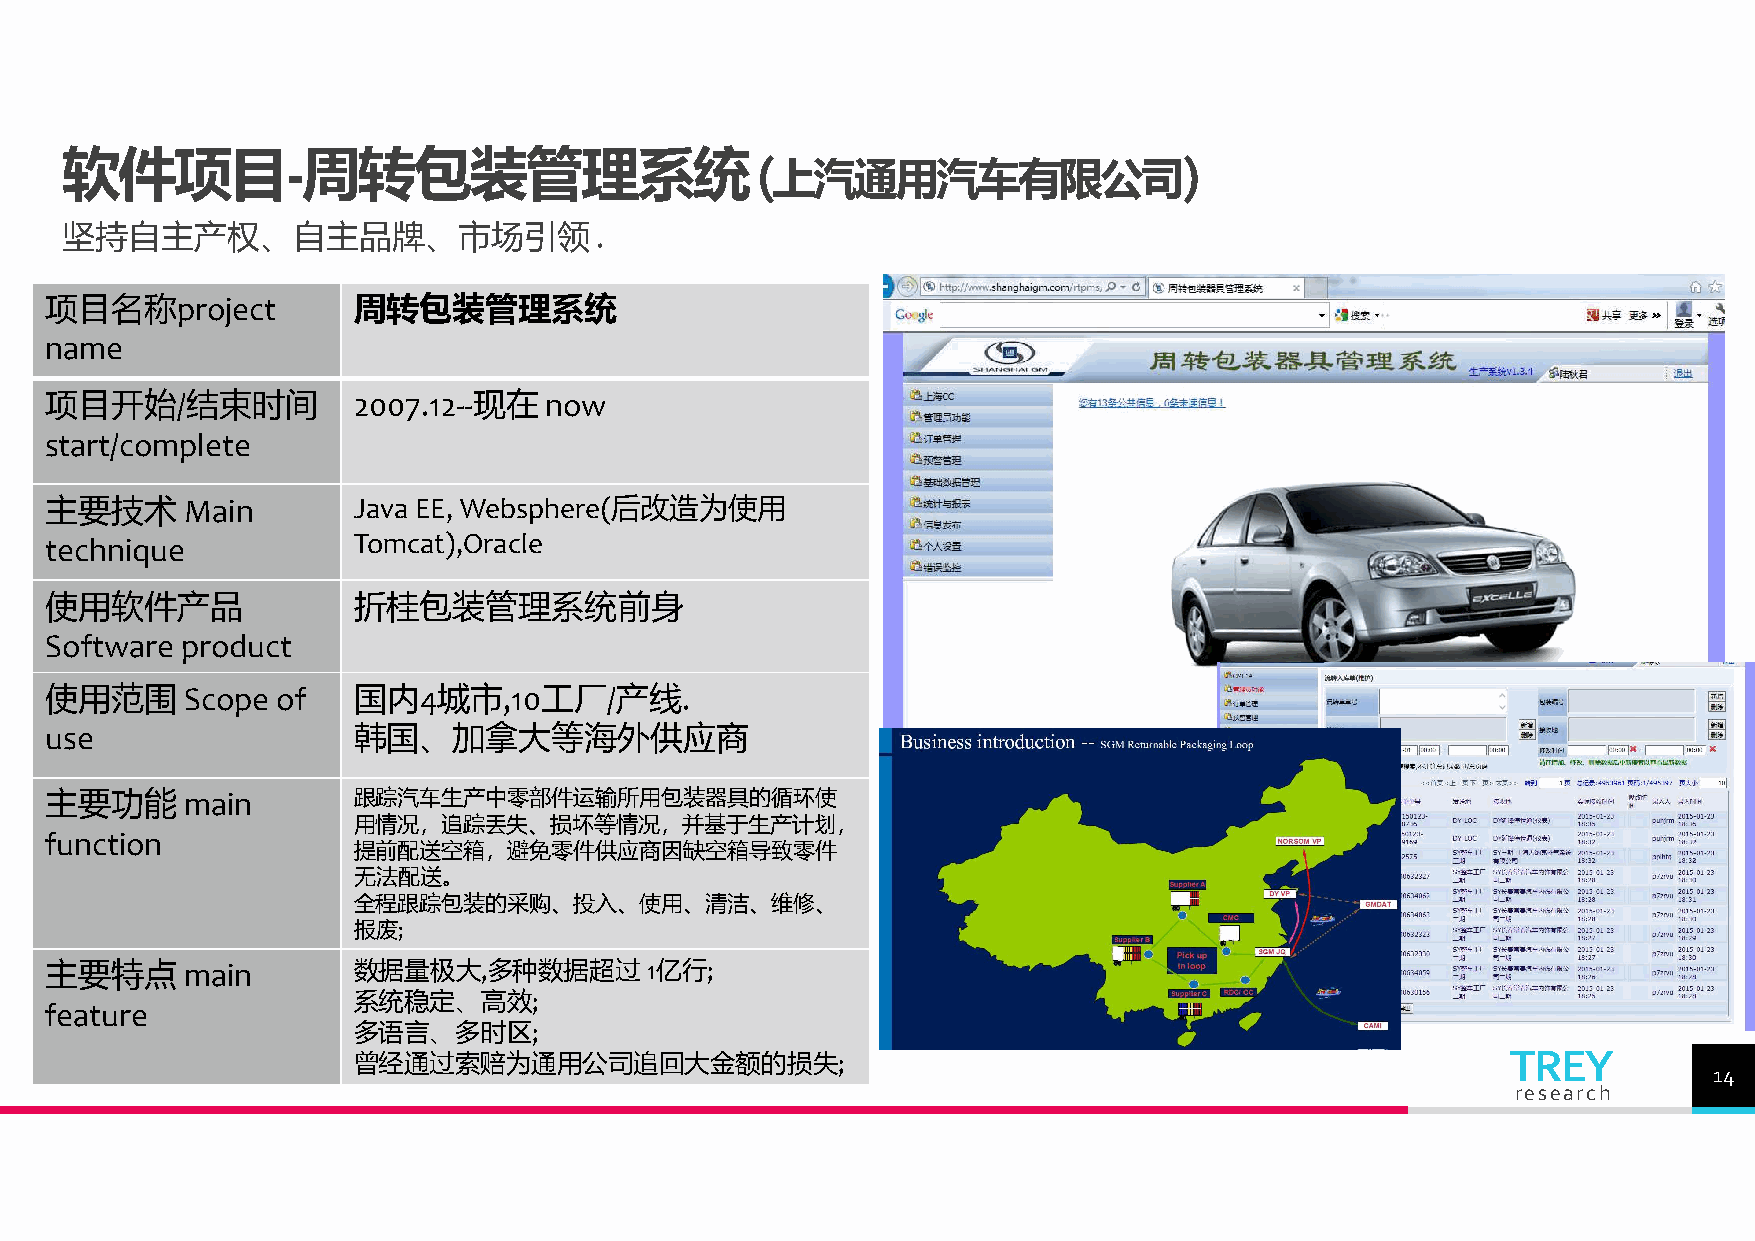
软件项目-周转包装管理系统(                                                            )
 上汽通用汽车有限公司
 坚持自主产权、自主品牌、市场引领.
 项目名称project         周转包装管理系统
 name
 项目开始/结束时间           2007.12--现在  now
 start/complete
 主要技术     Main       Java EE, Websphere(后改造为使用
 technique           Tomcat),Oracle
 使用软件产品              折桂包装管理系统前身
 Software product
 使用范围     Scope of   国内4城市,10工厂/产线.
 use                 韩国、加拿大等海外供应商
 主要功能     main       跟踪汽车生产中零部件运输所用包装器具的循环使
 用情况，追踪丢失、损坏等情况，并基于生产计划，
 function
 提前配送空箱，避免零件供应商因缺空箱导致零件
 无法配送。
 全程跟踪包装的采购、投入、使用、清洁、维修、
 报废;
 主要特点     main       数据量极大,多种数据超过        1亿行;
 系统稳定、高效;
 feature
 多语言、多时区;
 曾经通过索赔为通用公司追回大金额的损失;                                                         TREY
 14
 research